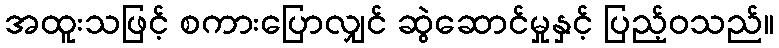
အထူးသဖြင့် စကားပြောလျှင် ဆွဲဆောင်မှုနှင့် ပြည့်ဝသည်။